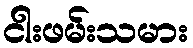
ငါးဖမ်းသမား